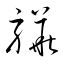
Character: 驊